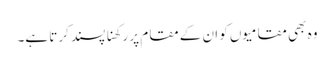
وہ بھی مقامیوں کو ان کے مقام پر رکھنا پسند کرتا ہے۔